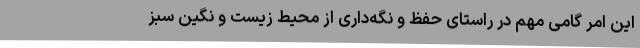
این امر گامی مهم در راستای حفظ و نگه‌داری از محیط زیست و نگین سبز